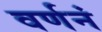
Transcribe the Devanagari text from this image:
वर्णनं